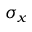
\sigma _ { x }